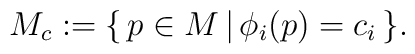
M_c:= \{\, p\in M\,\vert\, \phi_i(p)=c_i\,\}.